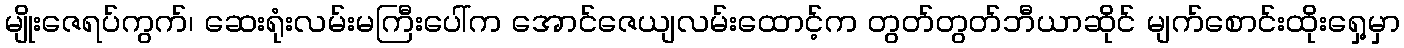
မျိုးဇေရပ်ကွက်၊ ဆေးရုံးလမ်းမကြီးပေါ်က အောင်ဇေယျလမ်းထောင့်က တွတ်တွတ်ဘီယာဆိုင် မျက်စောင်းထိုးရှေ့မှာ